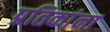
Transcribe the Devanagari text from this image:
प्रतिकांना